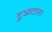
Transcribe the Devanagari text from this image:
टुआटारा।